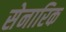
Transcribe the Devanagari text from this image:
सेनारिक